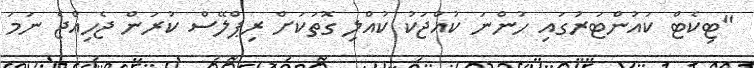
"ޓިކެޓް ކައުންޓަރުގައި ހުންނަ ކުއްޖަކު ކުއްލި ގޮތަކަށް ރިޕްލޭސް ކުރަން ޖެހިއްޖެ ނަމަ